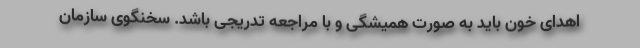
اهدای خون باید به صورت همیشگی و با مراجعه تدریجی باشد. سخنگوی سازمان